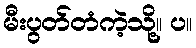
မီးပွတ်တံကဲ့သို့။ ပ။